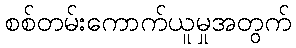
စစ်တမ်းကောက်ယူမှုအတွက်